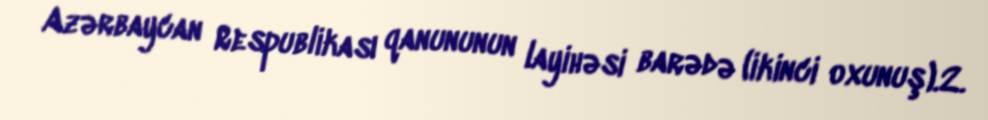
Azərbaycan Respublikası qanununun layihəsi barədə (ikinci oxunuş).2.